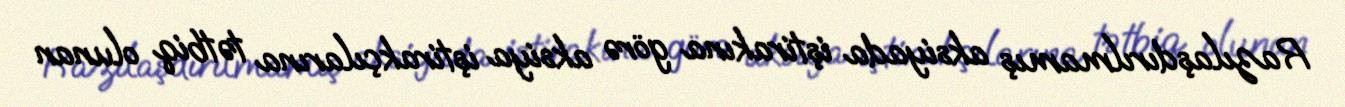
Razılaşdırılmamış aksiyada iştirakına görə aksiya iştirakçılarına tətbiq olunan